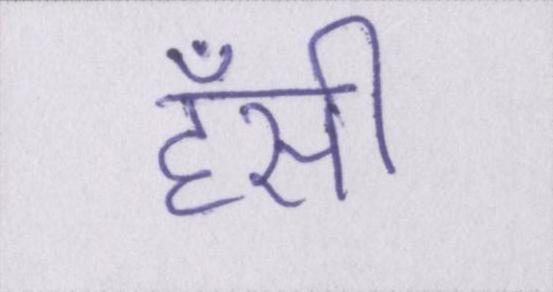
हँसी